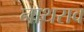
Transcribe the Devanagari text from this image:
नाथराव